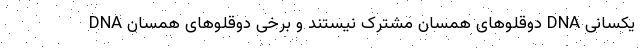
DNA دوقلو‌های همسان مشترک نیستند و برخی دوقلو‌های همسان DNA یکسانی